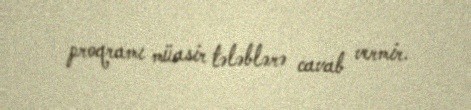
proqramı müasir tələblərə cavab vermir.